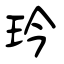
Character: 玪